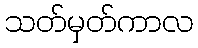
သတ်မှတ်ကာလ